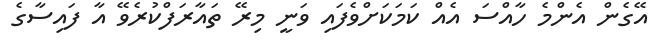
އޭގެން އެންމެ ހާއްސަ އެއް ކަމަކަށްވެފައި ވަނީ މިރޭ ތައާރަފްކުރެވޭ އާ ފައިސާގެ